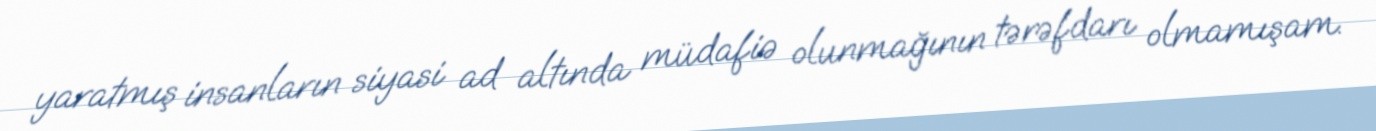
yaratmış insanların siyasi ad altında müdafiə olunmağının tərəfdarı olmamışam.